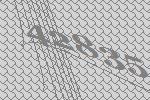
42835